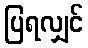
ပြရလျှင်